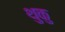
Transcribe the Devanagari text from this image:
थुकु